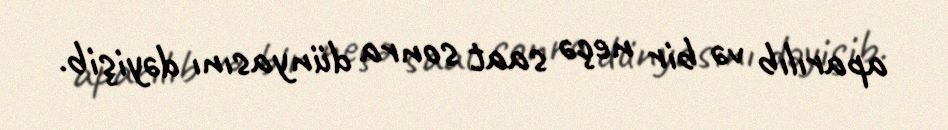
aparılıb və bir neçə saat sonra dünyasını dəyişib.